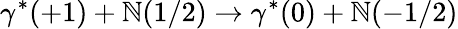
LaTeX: \gamma^{*}(+1)+\mathbb{N}(1/2)\rightarrow\gamma^{*}(0)+\mathbb{N}(-1/2)